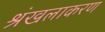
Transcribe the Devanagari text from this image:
श्रंखलाकरण